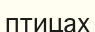
птицах